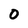
Character: 0